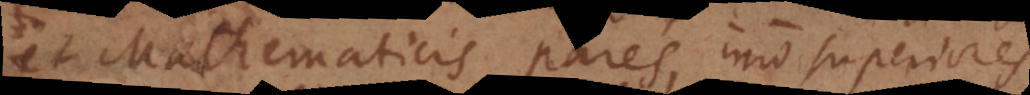
et Mathematicis pares, imo superiores,